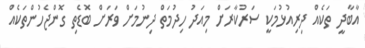
އާބާދީ ތަކެއް ދިރިއުޅުމަކީ ސަރުކާރަށް މިއަދު ހިދުމަތް ދިނުމަށް ވަރަށް ބޮޑެތި ގޮންޖެހުންތަކެއް